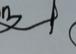
Signature authenticity: genuine